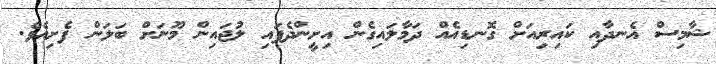
ޝާމިސް އެނދާއި ކައިރިއަށް ގޮނޑިއެއް ދަމާލައިގެން އިށީންދެފައި ލުޖައިން މޫނަށް ބަލަން ފެށިއެވެ.